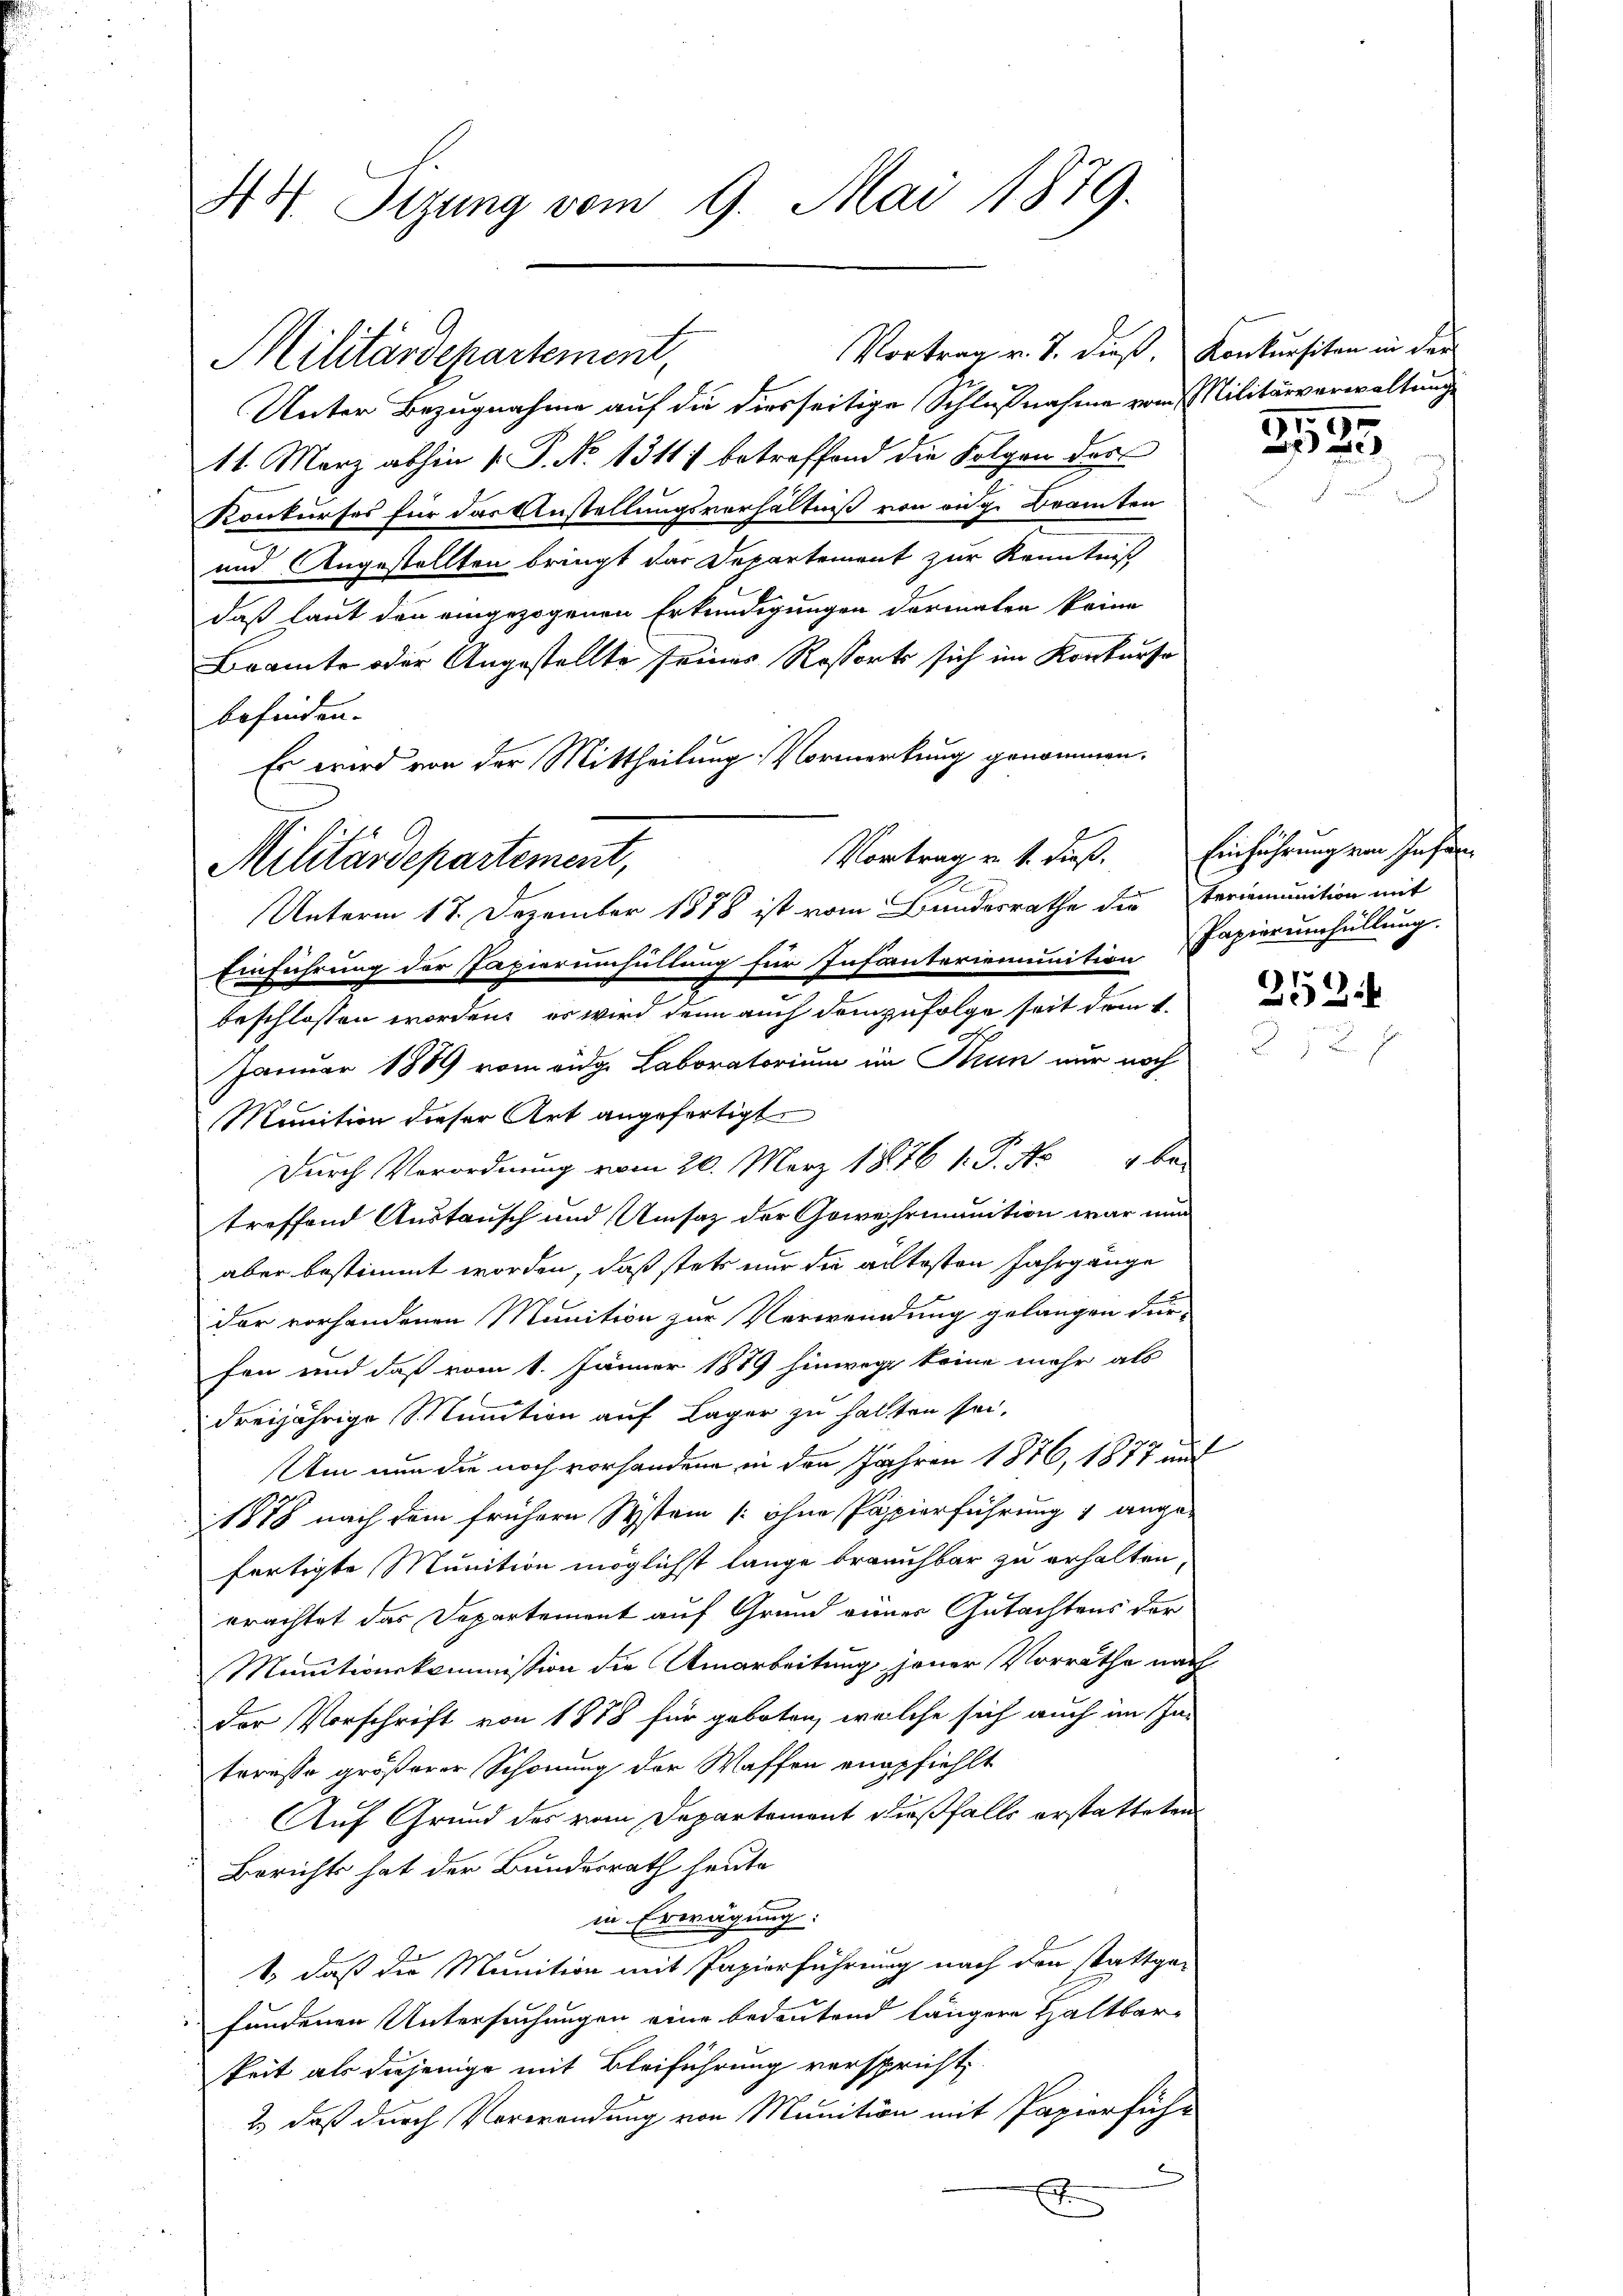
AH. Sizung vom 9. Mai 1879.

Unter Bezugnahme auf die diesseitige Schlußnahme vom Militärverwaltung
11. März abhin v. P. No 1311) betreffend die Folgen des
Konkurses für das Anstellungsverhältniß von eige Beamten
und Angestellten bringt das Departement zur Kenntniß
daß laut den eingezogenen Erkundigungen dormalen keine
Beamte oder Angestellte seines Ressorts sich im Konkurse
befinden.
Es wird von der Mittheilung Vormerkung genommen.
Vortrag u. s. dieß,
Militärdepartement,
A
Unterm 18. Dezember 1878 ist vom Bundesrathe die Feriemunition mit
Einführung der Papierumfüllung für Infanteriemunition
beschlossen worden, es wird denn auch demzufolge seit dem 1.
Januar 1889 vom eidge Laboratorium im Sinn nur noch
Munition dieser Art angefertigt.
Durch Verordnung vom 20. März 1876 1. P. Nr. 4 be-
treffend Austausch und Umsaz der Gewehrmanition war und
aber bestimmt worden, daß stets nur die altesten Jahrgänge
dar vorhandenen Munition zur Verwendung gelangen Für-
fen und daß vom 1. Jänner 1889 hinweg keine mehr als
dreijährige Munition auf Lager zu halten sei.
Um nun die noch vorhandene in den Jahren 1876, 1877 auf
1878 nach dem frühern System [ohne Papierführung 1 ange-
fertigte Munition möglichst lange brauchbar zu erhalten,
erachtet das Departement auf Grund eines Gutachtens der
Munitionskommission die Umarbeitung jener Vorräthe nach
der Vorschrift von 1888 für geboten, welche sich auch im Ja-
teresso größerer Schonung der Waffen empfiehlt
Auf Grund des vom Departement dießfalls erstatteten
Berichts hat der Bundesrath heute
in Erwägung:
1., daß die Munition mit Papierführung nach der stattgei
fundenen Untersuchungen eine bedeutend längere Haltbar-
keit als diejenige mit Bleiführung verspricht,
2) daß durch Verwendung von Munition mit Papierführ
x

Militärdepartement,

Vortrag v. J. dieß. Konkursiten in der

15.

Einführung von Infan
Papierumfüllung.

252.